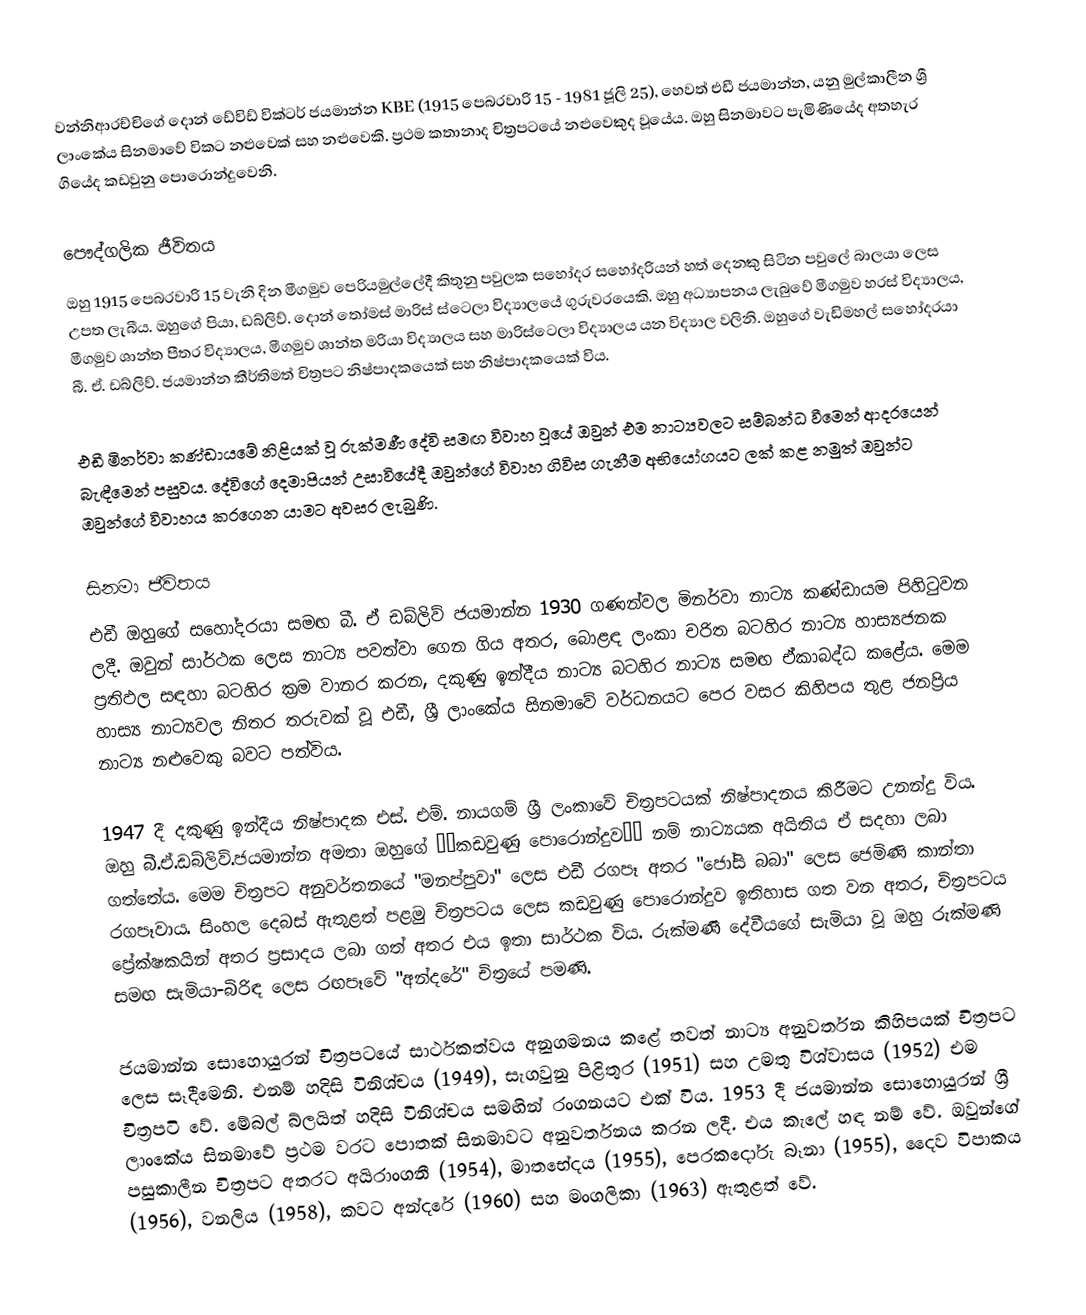
වන්නිආරච්චිගේ දොන් ඩේවිඩ් වික්ටර් ජයමාන්න KBE (1915 පෙබරවාරි 15 ​​- 1981 ජූලි 25), හෙවත් එඩී ජයමාන්න, යනු මුල්කාලීන ශ්‍රී ලාංකේය සිනමාවේ විකට නළුවෙක් සහ නළුවෙකි. ප්‍රථම කතානාද චිත්‍රපටයේ නළුවෙකුද වූයේය. ඔහු සිනමාවට පැමිණියේද අතහැර ගියේද කඩවුනු පොරොන්දුවෙනි.

පෞද්ගලික ජීවිතය
ඔහු 1915 පෙබරවාරි 15 ​​වැනි දින මීගමුව පෙරියමුල්ලේදී කිතුනු පවුලක සහෝදර සහෝදරියන් හත් දෙනකු සිටින පවුලේ බාලයා ලෙස උපත ලැබීය. ඔහුගේ පියා, ඩබ්ලිව්. දොන් තෝමස් මාරිස් ස්ටෙලා විද්‍යාලයේ ගුරුවරයෙකි. ඔහු අධ්‍යාපනය ලැබුවේ මීගමුව හරස් විද්‍යාලය, මීගමුව ශාන්ත පීතර විද්‍යාලය, මීගමුව ශාන්ත මරියා විද්‍යාලය සහ මාරිස්ටෙලා විද්‍යාලය යන විද්‍යාල වලිනි. ඔහුගේ වැඩිමහල් සහෝදරයා බී. ඒ. ඩබ්ලිව්. ජයමාන්න කීර්තිමත් චිත්‍රපට නිෂ්පාදකයෙක් සහ නිෂ්පාදකයෙක් විය.

එඩී මිනර්වා කණ්ඩායමේ නිළියක් වූ රුක්මණී දේවි සමඟ විවාහ වූයේ ඔවුන් එම නාට්‍යවලට සම්බන්ධ වීමෙන් ආදරයෙන් බැඳීමෙන් පසුවය. දේවිගේ දෙමාපියන් උසාවියේදී ඔවුන්ගේ විවාහ ගිවිස ගැනීම අභියෝගයට ලක් කළ නමුත් ඔවුන්ට ඔවුන්ගේ විවාහය කරගෙන යාමට අවසර ලැබුණි.

සිනමා ජීවිතය
එඩී ඔහුගේ සහෝදරයා සමඟ බී. ඒ ඩබ්ලිව් ජයමාන්න 1930 ගණන්වල මිනර්වා නාට්‍ය කණ්ඩායම පිහිටුවන ලදී. ඔවුන් සාර්ථක ලෙස නාට්‍ය පවත්වා ගෙන ගිය අතර, බොළඳ ලංකා චරිත බටහිර නාට්‍ය හාස්‍යජනක ප්‍රතිඵල සඳහා බටහිර ක්‍රම වානර කරන, දකුණු ඉන්දීය නාට්‍ය බටහිර නාට්‍ය සමඟ ඒකාබද්ධ කළේය. මෙම හාස්‍ය නාට්‍යවල නිතර තරුවක් වූ එඩී, ශ්‍රී ලාංකේය සිනමාවේ වර්ධනයට පෙර වසර කිහිපය තුළ ජනප්‍රිය නාට්‍ය නළුවෙකු බවට පත්විය.

1947 දී දකුණු ඉන්දීය නිෂ්පාදක එස්. එම්. නායගම් ශ්‍රී ලංකාවේ චිත්‍රපටයක් නිෂ්පාදනය කිරීමට උනන්දු විය. ඔහු බී.ඒ.ඩබ්ලිව්.ජයමාන්න අමතා ඔහුගේ ‘‘කඩවුණු පොරොන්දුව’’ නම් නාට්‍යයක අයිතිය ඒ සදහා ලබා ගත්තේය. මෙම චිත්‍රපට අනුවර්තනයේ "මනප්පුවා" ලෙස එඩී රගපෑ අතර "ජෝසි බබා" ලෙස ජෙමිණි කාන්තා රගපෑවාය. සිංහල දෙබස් ඇතුළත් පළමු චිත්‍රපටය ලෙස කඩවුණු පොරොන්දුව ඉතිහාස ගත වන අතර, චිත්‍රපටය ප්‍රේක්ෂකයින් අතර ප්‍රසාදය ලබා ගත් අතර එය ඉතා සාර්ථක විය. රුක්මණී දේවීයගේ සැමියා වූ ඔහු රුක්මණි සමඟ සැමියා-බිරිඳ ලෙස රඟපෑවේ "අන්දරේ" චිත්‍රයේ පමණි.

ජයමාන්න සොහොයුරන් චිත්‍රපටයේ සාර්ථකත්වය අනුගමනය කළේ තවත් නාට්‍ය අනුවර්තන කිහිපයක් චිත්‍රපට ලෙස සෑදීමෙනි. එනම් හදිසි විනිශ්චය (1949), සැගවුනු පිළිතුර (1951) සහ උමතු විශ්වාසය (1952) එම චිත්‍රපටි වේ. මේබල් බ්ලයිත් හදිසි විනිශ්චය සමඟින් රංගනයට එක් විය. 1953 දී ජයමාන්න සොහොයුරන් ශ්‍රී ලාංකේය සිනමාවේ ප්‍රථම වරට පොතක් සිනමාවට අනුවර්තනය කරන ලදී. එය කැලේ හඳ නම් වේ. ඔවුන්ගේ පසුකාලීන චිත්‍රපට අතරට අයිරාංගනී (1954), මාතභේදය (1955), පෙරකදෝරු බෑනා (1955), දෛව විපාකය (1956), වනලිය (1958), කවට අන්දරේ (1960) සහ මංගලිකා (1963) ඇතුළත් වේ.